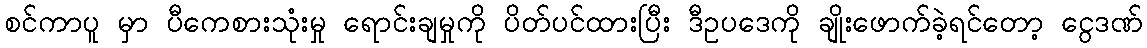
စင်ကာပူ မှာ ပီကေစားသုံးမှု ရောင်းချမှုကို ပိတ်ပင်ထားပြီး ဒီဥပဒေကို ချိုးဖောက်ခဲ့ရင်တော့ ငွေဒဏ်